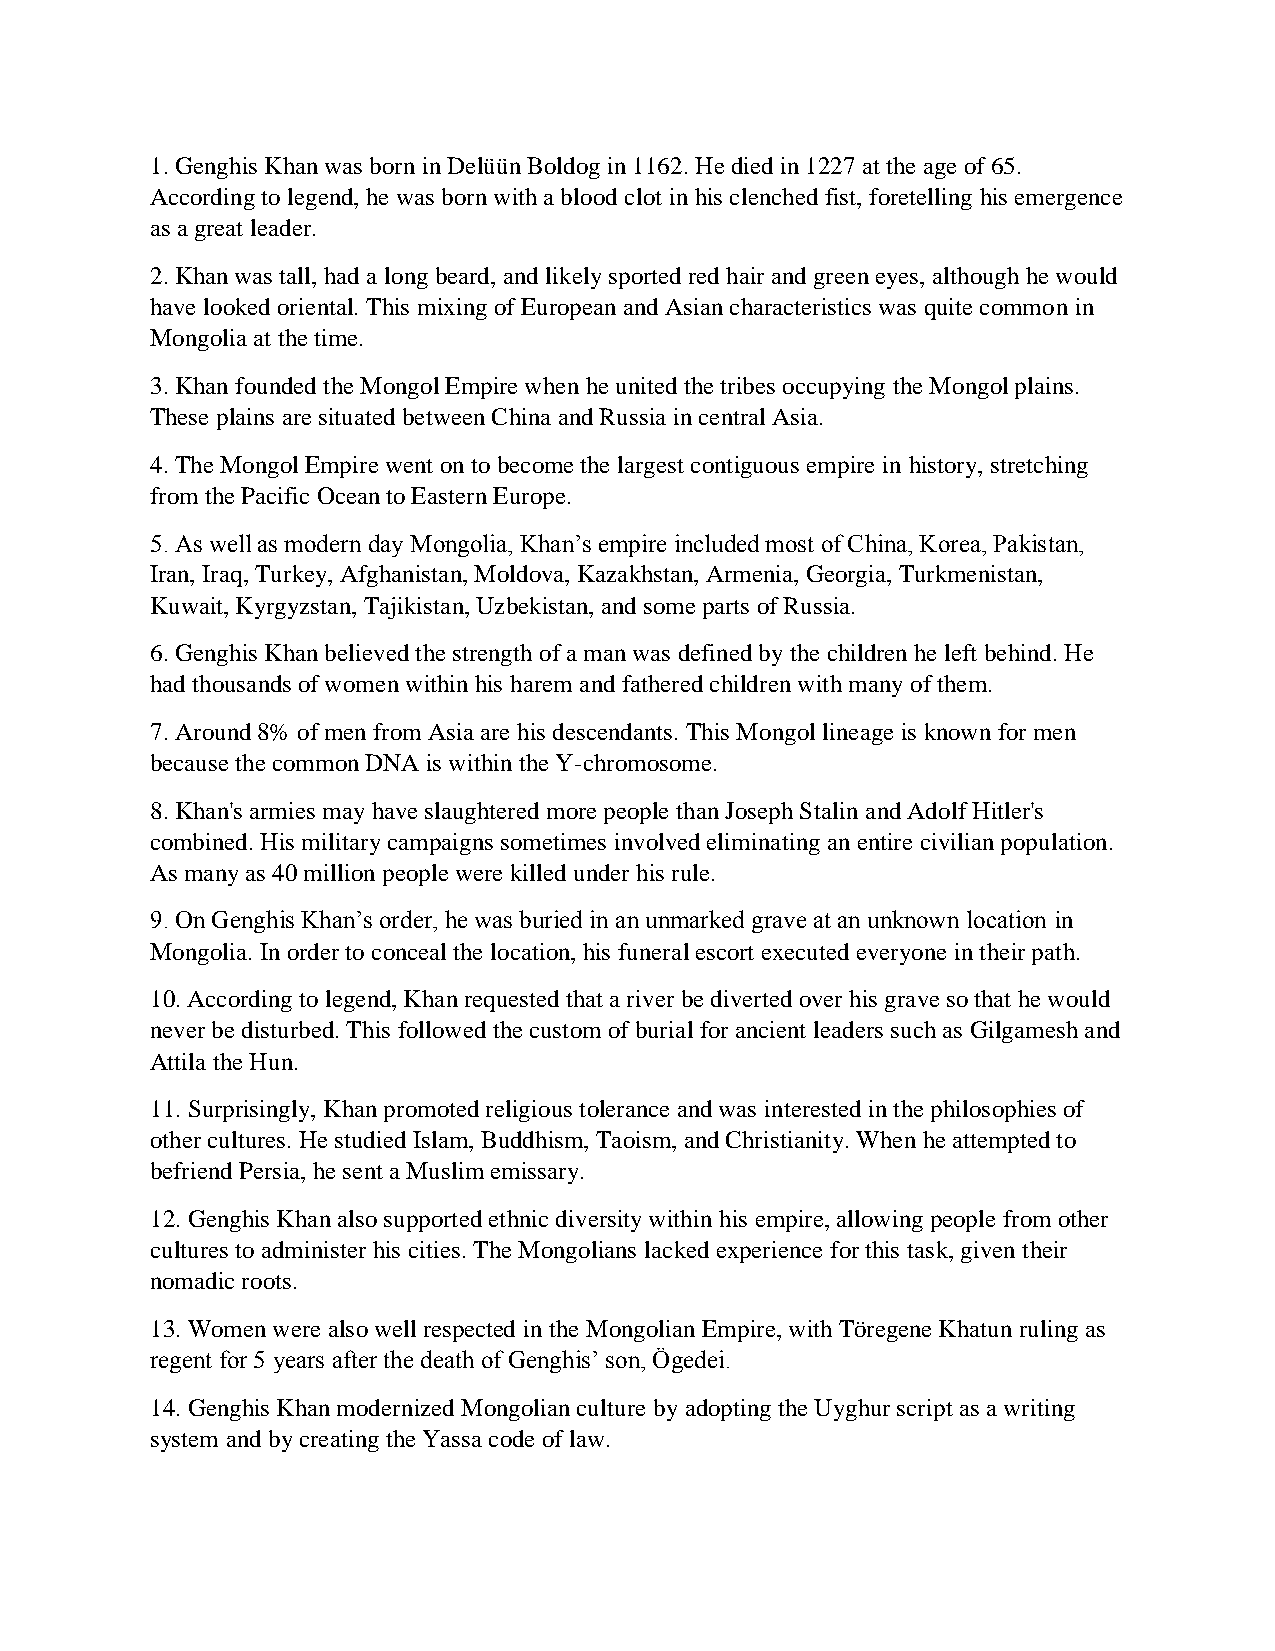
1. Genghis Khan was born in Delüün Boldog in 1162. He died in 1227 at the age of 65.
 According to legend, he was born with a blood clot in his clenched fist, foretelling his emergence
 as a great leader.
 2. Khan was tall, had a long beard, and likely sported red hair and green eyes, although he would
 have looked oriental. This mixing of European and Asian characteristics was quite common in
 Mongolia at the time.
 3. Khan founded the Mongol Empire when he united the tribes occupying the Mongol plains.
 These plains are situated between China and Russia in central Asia.
 4. The Mongol Empire went on to become the largest contiguous empire in history, stretching
 from the Pacific Ocean to Eastern Europe.
 5. As well as modern day Mongolia, Khan’s empire included most of China, Korea, Pakistan,
 Iran, Iraq, Turkey, Afghanistan, Moldova, Kazakhstan, Armenia, Georgia, Turkmenistan,
 Kuwait, Kyrgyzstan, Tajikistan, Uzbekistan, and some parts of Russia.
 6. Genghis Khan believed the strength of a man was defined by the children he left behind. He
 had thousands of women within his harem and fathered children with many of them.
 7. Around 8% of men from Asia are his descendants. This Mongol lineage is known for men
 because the common DNA is within the Y-chromosome.
 8. Khan's armies may have slaughtered more people than Joseph Stalin and Adolf Hitler's
 combined. His military campaigns sometimes involved eliminating an entire civilian population.
 As many as 40 million people were killed under his rule.
 9. On Genghis Khan’s order, he was buried in an unmarked grave at an unknown location in
 Mongolia. In order to conceal the location, his funeral escort executed everyone in their path.
 10. According to legend, Khan requested that a river be diverted over his grave so that he would
 never be disturbed. This followed the custom of burial for ancient leaders such as Gilgamesh and
 Attila the Hun.
 11. Surprisingly, Khan promoted religious tolerance and was interested in the philosophies of
 other cultures. He studied Islam, Buddhism, Taoism, and Christianity. When he attempted to
 befriend Persia, he sent a Muslim emissary.
 12. Genghis Khan also supported ethnic diversity within his empire, allowing people from other
 cultures to administer his cities. The Mongolians lacked experience for this task, given their
 nomadic roots.
 13. Women were also well respected in the Mongolian Empire, with Töregene Khatun ruling as
 regent for 5 years after the death of Genghis’ son, Ögedei.
 14. Genghis Khan modernized Mongolian culture by adopting the Uyghur script as a writing
 system and by creating the Yassa code of law.